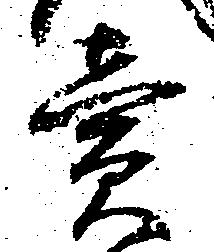
売